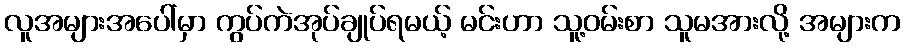
လူအများအပေါ်မှာ ကွပ်ကဲအုပ်ချုပ်ရမယ့် မင်းဟာ သူ့ဝမ်းစာ သူမအားလို့ အများက